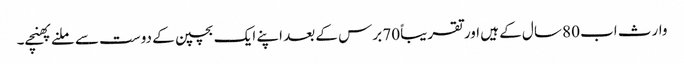
وارث اب 80 سال کے ہیں اور تقریباً 70 برس کے بعد اپنے ایک بچپن کے دوست سے ملنے پھنچے۔